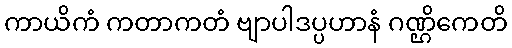
ကာယိကံ ကတာကတံ ဗျာပါဒပ္ပဟာနံ ဂဏ္ဌိကေတိ